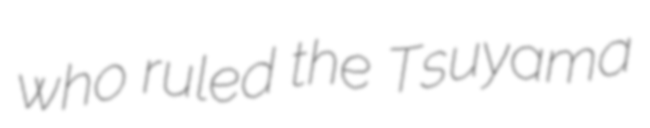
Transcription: who ruled the Tsuyama